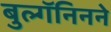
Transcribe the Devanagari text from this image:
बुल्गॅनिनने